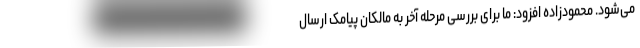
می‌شود. محمودزاده افزود: ما برای بررسی مرحله آخر به مالکان پیامک ارسال